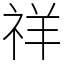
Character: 祥